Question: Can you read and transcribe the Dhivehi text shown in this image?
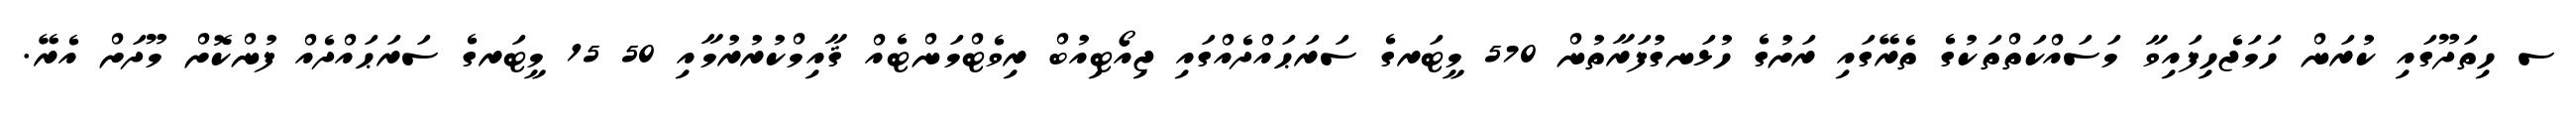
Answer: ސ ހިތަދޫގައި ކުރަން ހަމަޖެހިފައިވާ މަސައްކަތްތަކުގެ ތެރޭގައި ރަށުގެ ހުޅަނގުފަރާތުން 570 މީޓަރގެ ސަރަޙައްދެއްގައި ޖިއޯޓިއުބް ރިވެޓްމަންޓެއް ޤާއިމްކުރުރުމާއި 50 15 މީޓަރގެ ސަރަޙައްދެއް ފުންކޮށް މޫދަށް އެރޭ.